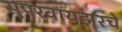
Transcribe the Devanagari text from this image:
सुपरवायझरचे